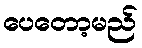
ပေတော့မည်